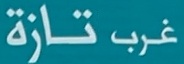
غرب تازة